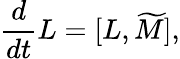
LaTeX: {\frac{d}{dt}}{L}=[L,\widetilde{M}],